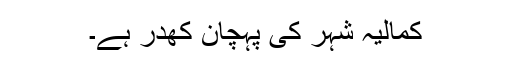
کمالیہ شہر کی پہچان کھدر ہے۔